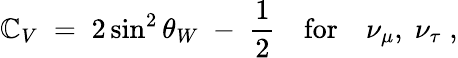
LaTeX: {\mathbb{C}_{V}\; =\; 2\sin^{2}\theta_{W}\; -\; {\frac{{1}}{{2}}}\quad\mathrm{{for}}\quad\nu_{\mu},\; \nu_{\tau}\; ,}